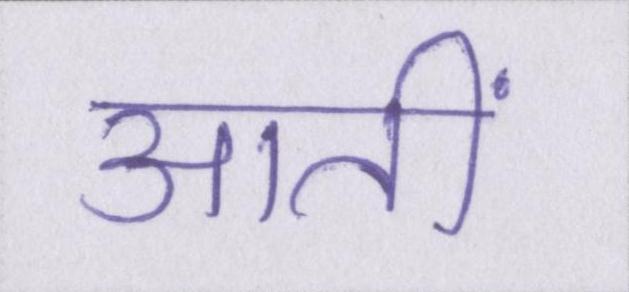
आतीं